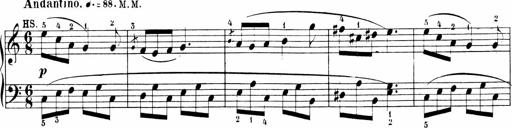
Title: Sonatinen Op.47, 98 und 136, nebst 6 Liedersonatinen
Composer: Carl Reinecke